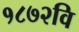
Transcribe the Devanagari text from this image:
१८७२वि